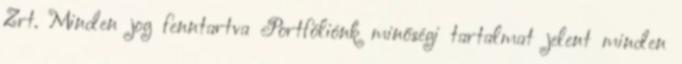
Zrt. Minden jog fenntartva Portfóliónk minőségi tartalmat jelent minden